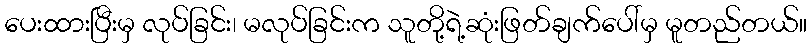
ပေးထားပြီးမှ လုပ်ခြင်း၊ မလုပ်ခြင်းက သူတို့ရဲ့ဆုံးဖြတ်ချက်ပေါ်မှ မူတည်တယ်။